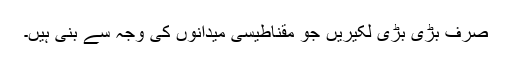
صرف بڑی بڑی لکیریں جو مقناطیسی میدانوں کی وجہ سے بنی ہیں۔